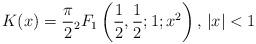
LaTeX: \begin{align*}K(x)=\frac{\pi}{2}{}_2F_1\left(\frac{1}{2},\frac{1}{2};1;x^2\right)\textrm{, }|x|<1\end{align*}